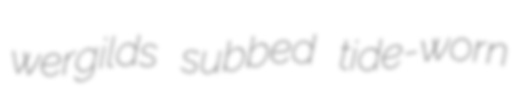
wergilds subbed tide-worn